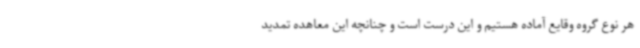
هر نوع گروه وقایع آماده هستیم و این درست است و چنانچه این معاهده تمدید